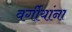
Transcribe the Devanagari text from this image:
वर्गीयांना